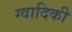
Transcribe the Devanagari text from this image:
ग्वादिकी